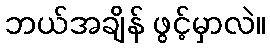
ဘယ်အချိန် ဖွင့်မှာလဲ။